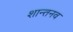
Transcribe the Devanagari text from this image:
शान्तनव